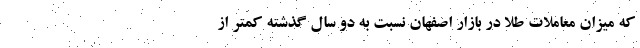
که میزان معاملات طلا در بازار اصفهان نسبت به دو سال گذشته کمتر از